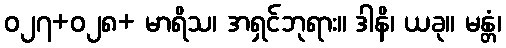
ဝ၂၇+ဝ၂၈+ မာရိသ၊ အရှင်ဘုရား။ ဒါနိ၊ ယခု။ မန္တံ၊